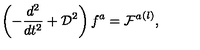
\left( - \frac { d ^ { 2 } } { d t ^ { 2 } } + { \cal D } ^ { 2 } \right) f ^ { a } = { { \cal F } ^ { a } } ^ { ( l ) } ,